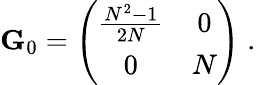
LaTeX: {\mathbf G_{0}}=\left(\begin{array}{cc}{{\frac{N^{2}-1}{2N}}}&{{0}}\\ {{0}}&{{N}}\end{array}\right)\; .